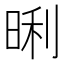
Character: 𭦏